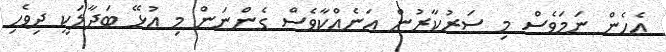
އެހެން ނަމަވެސް މި ސަރުކާރުން އަނެއްކާވެސް ގެންނަން މި އުޅޭ ބަދާލަކީ ދިވެހި